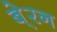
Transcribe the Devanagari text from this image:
बे्रन